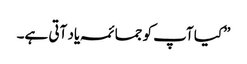
”کیا آپ کو جمائمہ یاد آتی ہے۔